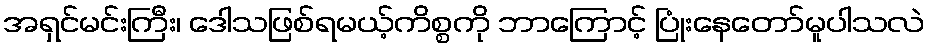
အရှင်မင်းကြီး၊ ဒေါသဖြစ်ရမယ့်ကိစ္စကို ဘာကြောင့် ပြုံးနေတော်မူပါသလဲ